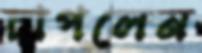
চাপলেন